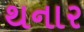
થનાર